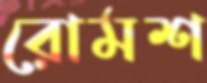
রোমশ